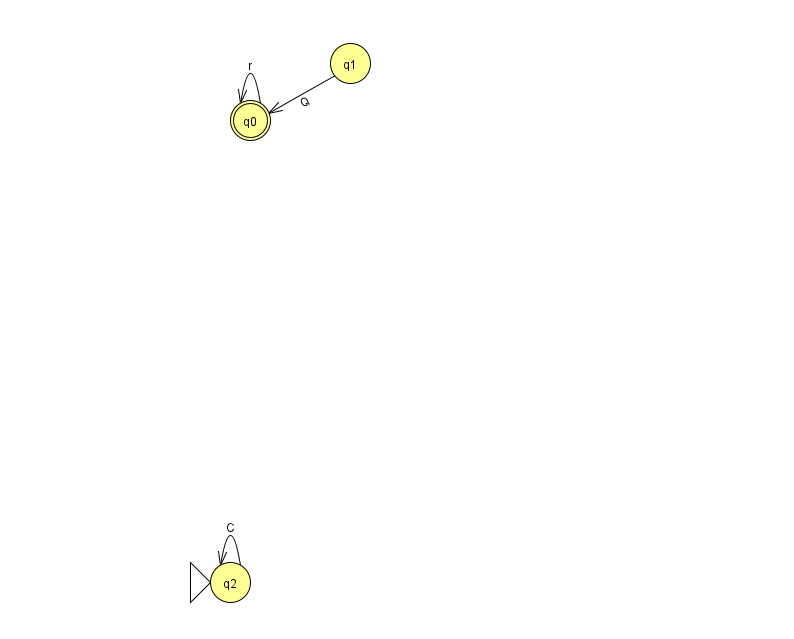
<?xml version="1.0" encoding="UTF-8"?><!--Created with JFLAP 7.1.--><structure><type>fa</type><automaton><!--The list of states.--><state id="0" name="q0"><x>250.0</x><y>107.0</y><final/></state><state id="1" name="q1"><x>350.0</x><y>50.0</y></state><state id="2" name="q2"><x>230.0</x><y>569.0</y><initial/></state><!--The list of transitions.--><transition><from>0</from><to>0</to><read>r</read></transition><transition><from>2</from><to>2</to><read>C</read></transition><transition><from>1</from><to>0</to><read>Q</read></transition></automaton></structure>